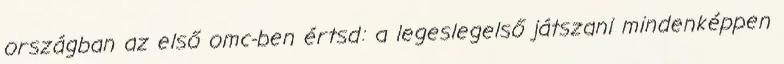
országban az első omc-ben értsd: a legeslegelső játszani mindenképpen